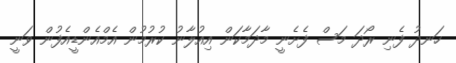
ހަނދު ފެނި ރޯދަ މަސް ފެށެނީ މާދަމާކަން އިއުލާނު ކުރުމުން އެމްއެންޑީއެފުން ވަނީ